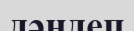
дәндеп